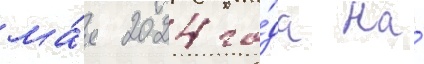
ма́я 2024 го́да на́